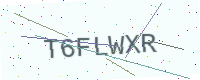
Text: T6FLWXR